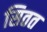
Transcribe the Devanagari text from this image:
सितत